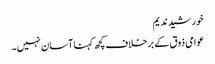
خورشید ندیم
عوامی ذوق کے بر خلاف کچھ کہنا آسان نہیں۔